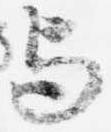
与